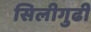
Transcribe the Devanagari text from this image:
सिलीगुढी